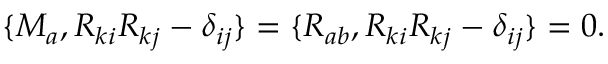
\begin{array} { r } { \{ M _ { a } , R _ { k i } R _ { k j } - \delta _ { i j } \} = \{ R _ { a b } , R _ { k i } R _ { k j } - \delta _ { i j } \} = 0 . } \end{array}